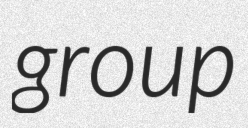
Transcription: group